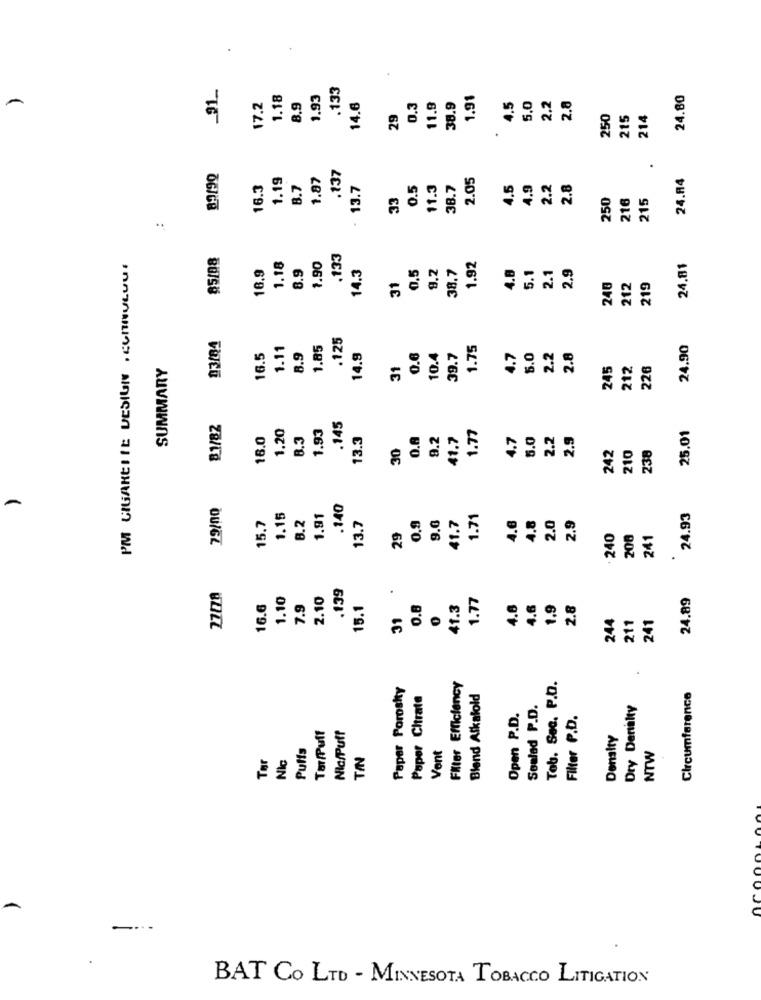
91
.133
1.18
1.93
1.91
24.80
A
17.2
8.9
14.6
0.3
11.9
38.9
4.5
6.0
2,2
2.8
29
250
215
214
.137
.
1.19
1.87
2.05
24.94
16.3
8.7
13.7
0.5
11.3
38.7
4.5
4.9
2.2
2.8
33
250
216
215
...
.133
1.92
PM CIGARETTE DESIGN , CONNULUUR
16.9
1.18
8.9
1.90
0.5
9.2
38.7
4.8
5.1
2.9
24.81
14.3
2.1
31
240
212
219
03/84
.125
1.11
1.85
1.75
24.90
16.5
8.9
14.9
0.6
10.4
39.7
4.7
6.0
2.2
2.8
SUMMARY
31
245
212
226
81/82
1.20
1.93
.145
1.77
16.0
8.3
13.3
0.A
8.2
41.7
4.7
5.0
2.2
2.9
25.01
30
210
238
242
79/00
.140
1.15
B.2
1.91
41.7
1.71
4.6
2.0
2.9
24.93
15.7
13.7
0.9
.0
4.8
29
240
200
241
.139
27/78
1.10
2.10
.
1.77
24.89
16.6
7.9
15.1
0.8
41.3
4.6
4.6
1.9
2.8
31
244
211
241
Tob. Seo. P.D.
Paper Porosity
Filter Efficiency
Paper Citrate
Blend Alkalold
Circumference
Sealed P.D.
Dry Dertatty
Open P.D.
Filter P.D.
Tar/Puff
Nia/Puff
Density
Puffs
Vent
NTW
Tør
TIN
Nic
Aco
-
BAT CO LTD - MINNESOTA TOBACCO LITIGATION